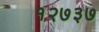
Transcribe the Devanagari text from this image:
१२७३७